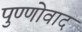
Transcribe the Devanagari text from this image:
पुण्णोवाद